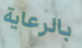
بالرعاية